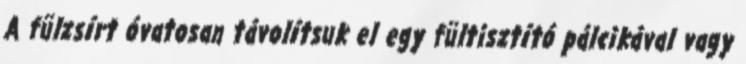
A fülzsírt óvatosan távolítsuk el egy fültisztító pálcikával vagy